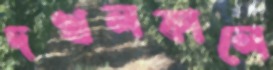
দখলকালে